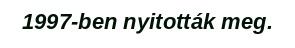
1997-ben nyitották meg.